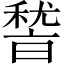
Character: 𮃛